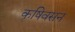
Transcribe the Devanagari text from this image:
कृषिवसन